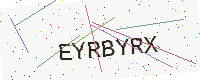
Text: EYRBYRX